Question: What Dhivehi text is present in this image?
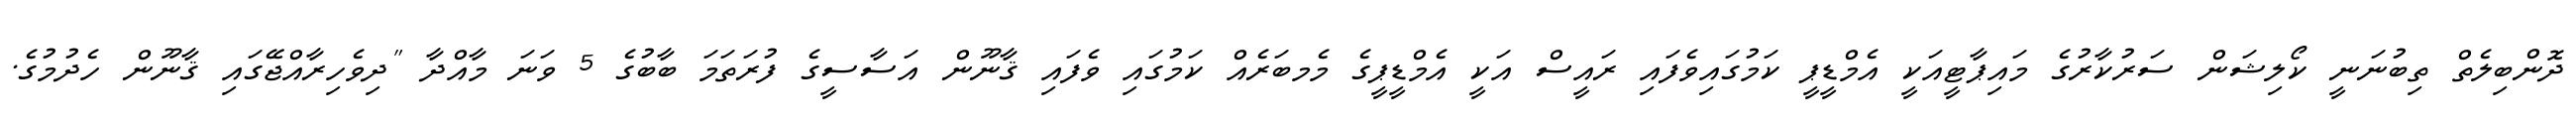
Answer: ދޮންބިލެތް ތިބުނަނީ ކޯލިޝަން ސަރުކާރުގެ މައިޕާޓީއަކީ އެމްޑީޕީ ކަމުގައިވެފައި ރައީސް އަކީ އެމްޑީޕީގެ މެމބަރެއް ކަމުގައި ވެފައި ޤާނޫން އަސާސީގެ ފުރަތަމަ ބާބުގެ 5 ވަނަ މާއްދާ "ދިވެހިރާއްޖޭގައި ޤާނޫން ހެދުމުގެ.